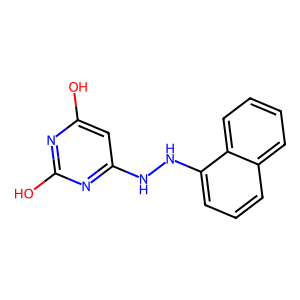
SMILES: Oc1cc(NNc2cccc3ccccc23)nc(O)n1
Inhibits HIV replication: No